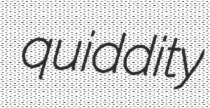
quiddity